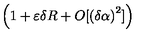
\left( 1 + \varepsilon \delta R + O [ \left( \delta \alpha \right) ^ { 2 } ] \right)